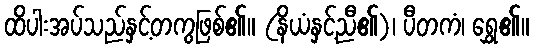
ထိပါးအပ်သည်နှင့်တကွဖြစ်၏။ (နိယံနှင့်ညီ၏)၊ ပီတကံ၊ ရွှေ၏။